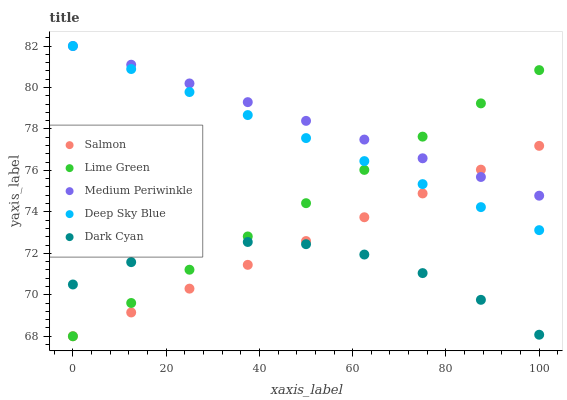
| xaxis_label | Salmon | Lime Green | Medium Periwinkle | Deep Sky Blue | Dark Cyan |
 | --- | --- | --- | --- | --- | --- |
 | 0 | 68 | 68 | 82 | 82 | 70.5 |
 | 12.5 | 69.1 | 69.6 | 81.1 | 80.9 | 71.6 |
 | 25 | 70.3 | 71.2 | 80.2 | 79.8 | 72.3 |
 | 37.5 | 71.4 | 72.8 | 79.3 | 78.7 | 72.5 |
 | 50 | 72.6 | 74.4 | 78.4 | 77.6 | 72.4 |
 | 62.5 | 73.7 | 76 | 77.5 | 76.4 | 71.9 |
 | 75 | 74.9 | 77.6 | 76.6 | 75.3 | 71 |
 | 87.5 | 76 | 79.2 | 75.7 | 74.2 | 69.8 |
 | 100 | 77.2 | 80.8 | 74.8 | 73.1 | 68.1 |